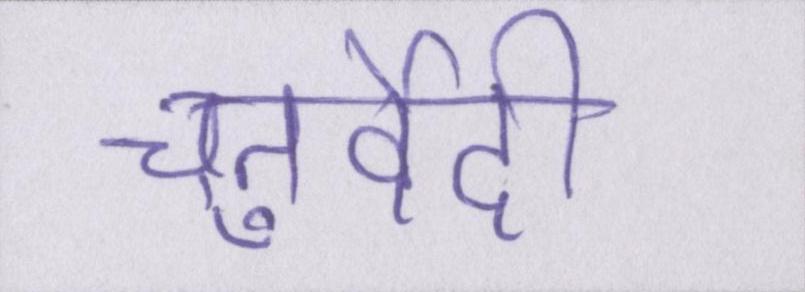
चतुर्वेदी